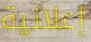
إعلانية